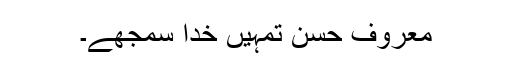
معروف حسن تمہیں خدا سمجھے۔